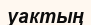
уактың